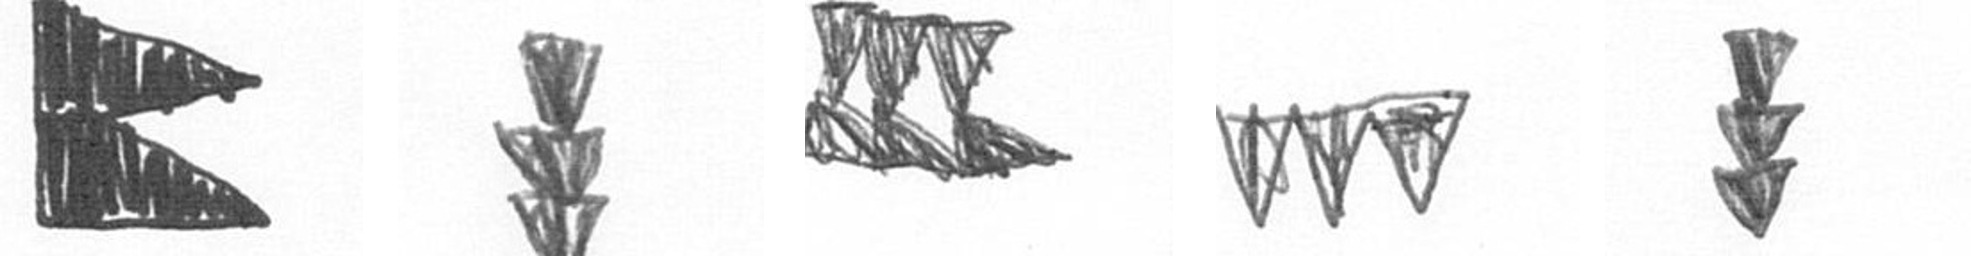
P E D L E